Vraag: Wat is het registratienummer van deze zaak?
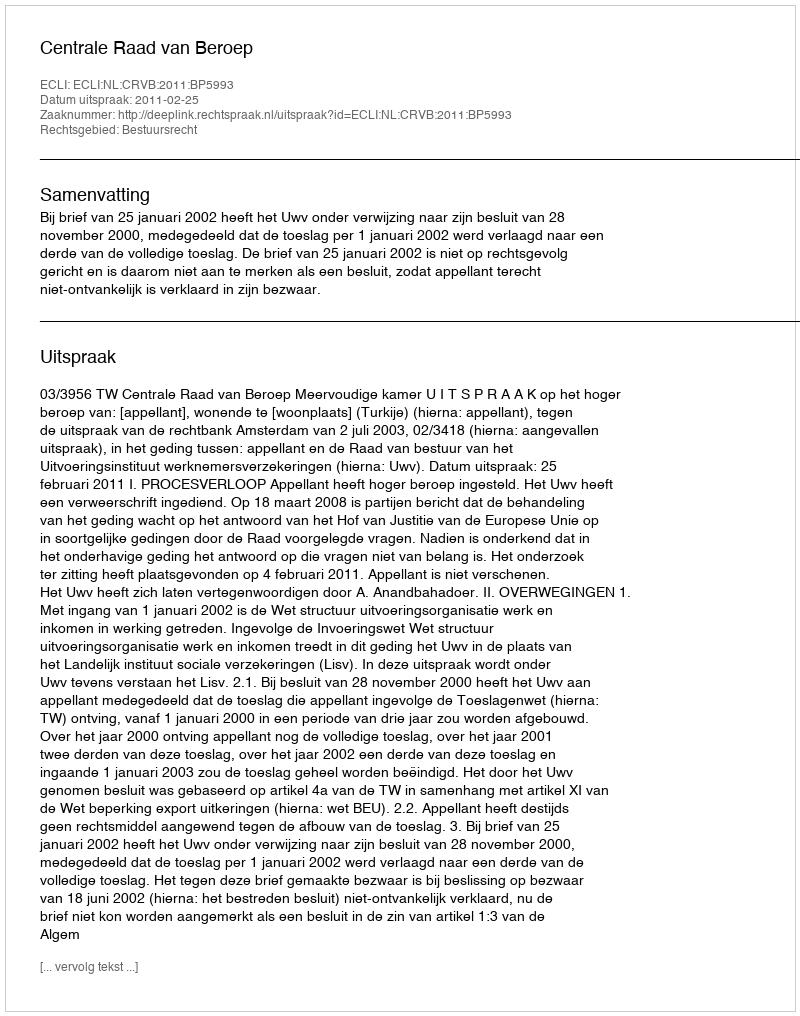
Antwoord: http://deeplink.rechtspraak.nl/uitspraak?id=ECLI:NL:CRVB:2011:BP5993